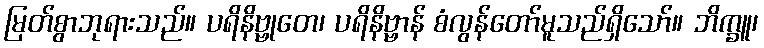
မြတ်စွာဘုရားသည်။ ပရိနိဗ္ဗုတေ၊ ပရိနိဗ္ဗာန် စံလွန်တော်မူသည်ရှိသော်။ ဘိက္ခူ၊